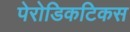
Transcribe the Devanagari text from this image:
पेरोडिकटिकस